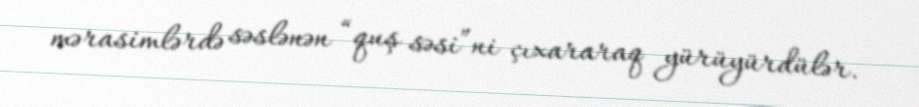
mərasimlərdə səslənən “quş səsi”ni çıxararaq yürüyürdülər.